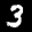
Label: 3